Indian journal of veterinary science and animal husbandry - Volumes 18-21, 1948-1951
Year: 1948
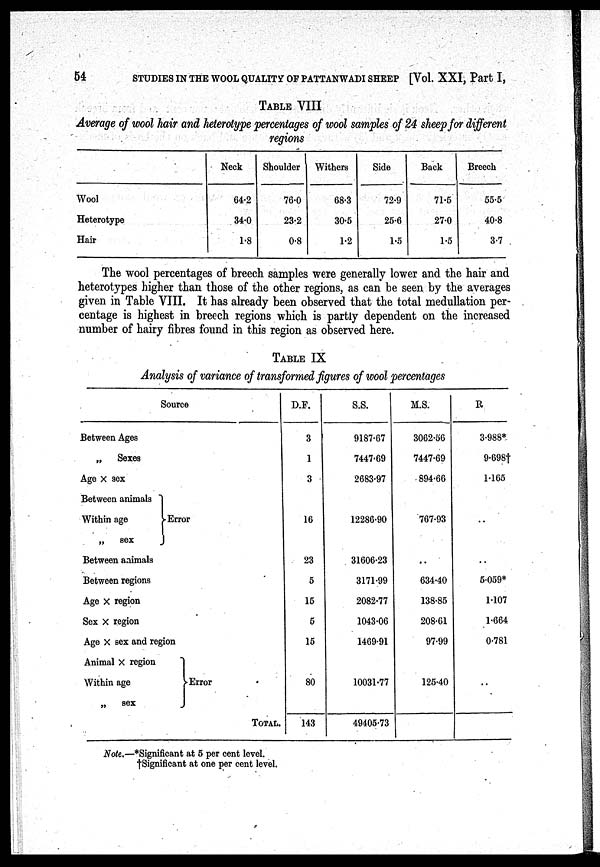
54
STUDIES IN THE WOOL QUALITY OF PATTANWADI SHEEP [Vol. XXI, Part I,
TABLE VIII
Average of wool hair and heterotype percentages of wool samples of 24 sheep for different
regions
Wool
Heterotype
Hair
Neck
64.2
34.0
1.8
Shoulder
76.0
23.2
0.8
Withers
68.3
30.5
1.2
Side
72.9
25.6
1.5
Back
71.5
27.0
1.5
Breech
55.5
40.8
3.7
The wool percentages of breech samples were generally lower and the hair and
heterotypes higher than those of the other regions, as can be seen by the averages
given in Table VIII. It has already been observed that the total medullation per-
centage is highest in breech regions which is partly dependent on the increased
number of hairy fibres found in this region as observed here.
TABLE IX
Analysis of variance of transformed figures of wool percentages
Source
Between Ages
„
Sexes
Age × sex
Between animals
Within age
}
Error
„ sex
Between animals
Between regions
Age × region
Sex × region
Age × sex and region
Animal × region
Within age
}Error
„
sex
TOTAL.
D.F.
3
1
3
16
23
5
15
5
15
80
143
S.S.
9187.67
7447.69
2683.97
12286.90
31606.23
3171.99
2082.77
1043.06
1469.91
10031.77
49405.73
M.S.
3062.56
7447.69
894.66
767.93
..
634.40
138.85
208.61
97.99
125.40
R
3.988*
9.698†
1.165
..
. .
5.059*
1.107
1.664
0.781
..
Note.—*Significant at 5 per cent level.
†Significant at one per cent level.